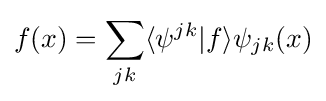
f(x)=\sum _{jk}\langle \psi ^{jk}\vert f\rangle \psi _{jk}(x)